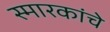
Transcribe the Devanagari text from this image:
स्‍मारकांचे